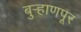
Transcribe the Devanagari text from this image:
बुर्‍हाणपूर